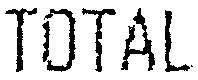
TOTAL